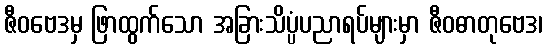
ဇီဝဗေဒမှ ဖြာထွက်သော အခြားသိပ္ပံပညာရပ်များမှာ ဇီဝဓာတုဗေဒ၊